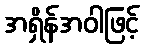
အရှိန်အဝါဖြင့်